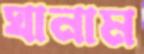
ঘানাম